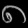
Digit: ၈